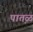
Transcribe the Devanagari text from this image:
पात़ळ